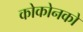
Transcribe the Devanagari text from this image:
कोकोनको